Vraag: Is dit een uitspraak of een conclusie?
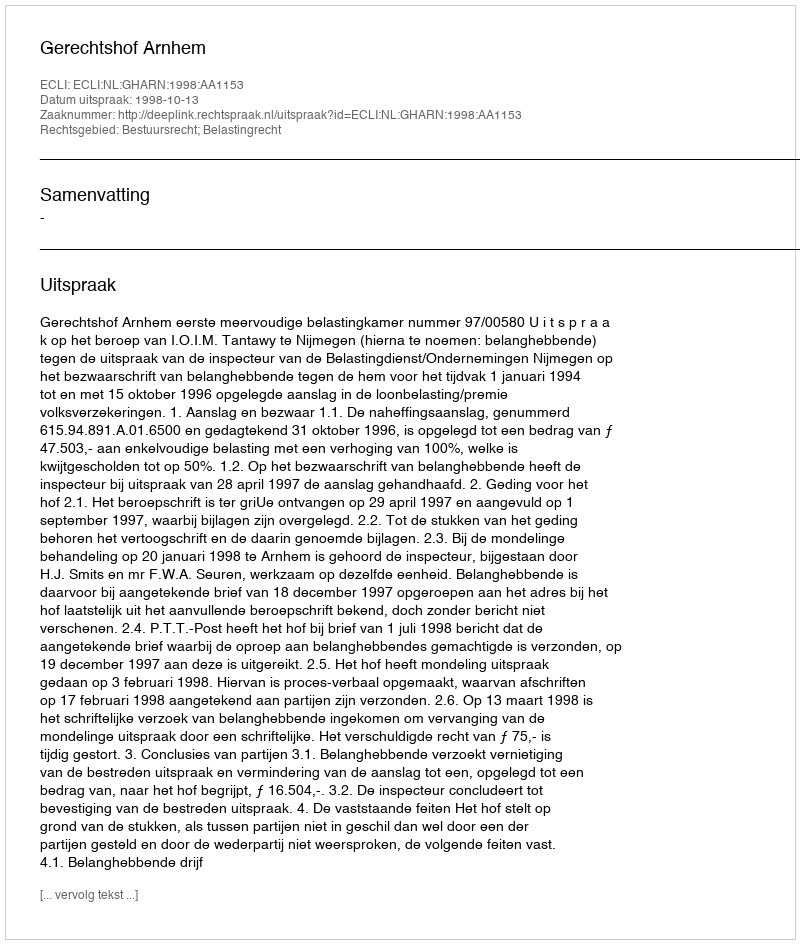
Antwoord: Uitspraak